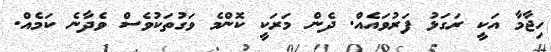
ހިޖާމާ އަކީ ރަގަޅު ފަރުވަައެއް. ދެން މަރަކީ ކޮންމެ ވަގުތަކުވެސް ވެދާނެ ކަމެއް.